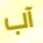
آب